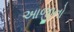
આજીનો